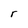
Character: r